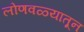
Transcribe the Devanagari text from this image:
लोणवळ्यातून